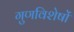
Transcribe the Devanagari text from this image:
गुणविशेषों